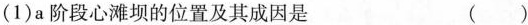
(1)a阶段心滩坝的位置及其成因是 ( )